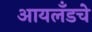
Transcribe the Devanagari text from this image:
आयलँडचे